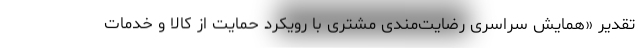
تقدیر «همایش سراسری رضایت‌مندی مشتری با رویکرد حمایت از کالا و خدمات